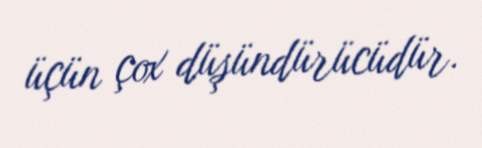
üçün çox düşündürücüdür.